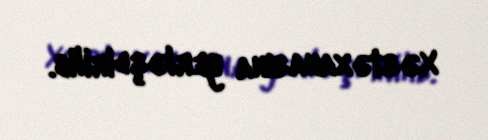
Xəstəxanasına yerləşdirilib.